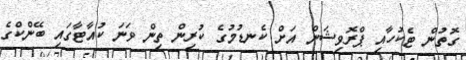
ގޮތުން ޓެކުހާއި ޕްރޮވިޝަން އަށް ކެނޑުމުގެ ކުރިން ތިން ވަނަ ކުއާޓާގައި ބޭންކްގެ